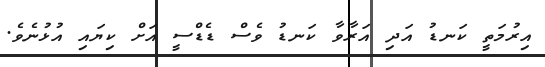
އިރުމަތީ ކަނޑު އަދި އަރާވާ ކަނޑު ވެސް ޑެޑްސީ އަށް ކިޔައި އުޅުނެވެ.